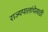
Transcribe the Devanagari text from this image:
राज्यपालांचेसाठी